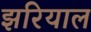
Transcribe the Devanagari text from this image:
झरियाल